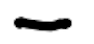
Text: -
Cross-out: diagonal
Writing tool: digital_black